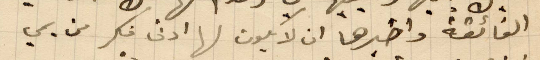
الفائقة واخبرها ان لا يكون لها ادنى فكر من يمي